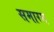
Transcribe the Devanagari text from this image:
समारम